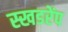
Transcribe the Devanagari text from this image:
स्खडरेंप